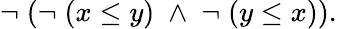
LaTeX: \neg\; (\neg\; (x\leq y)\; \wedge\; \neg\; (y\leq x)).